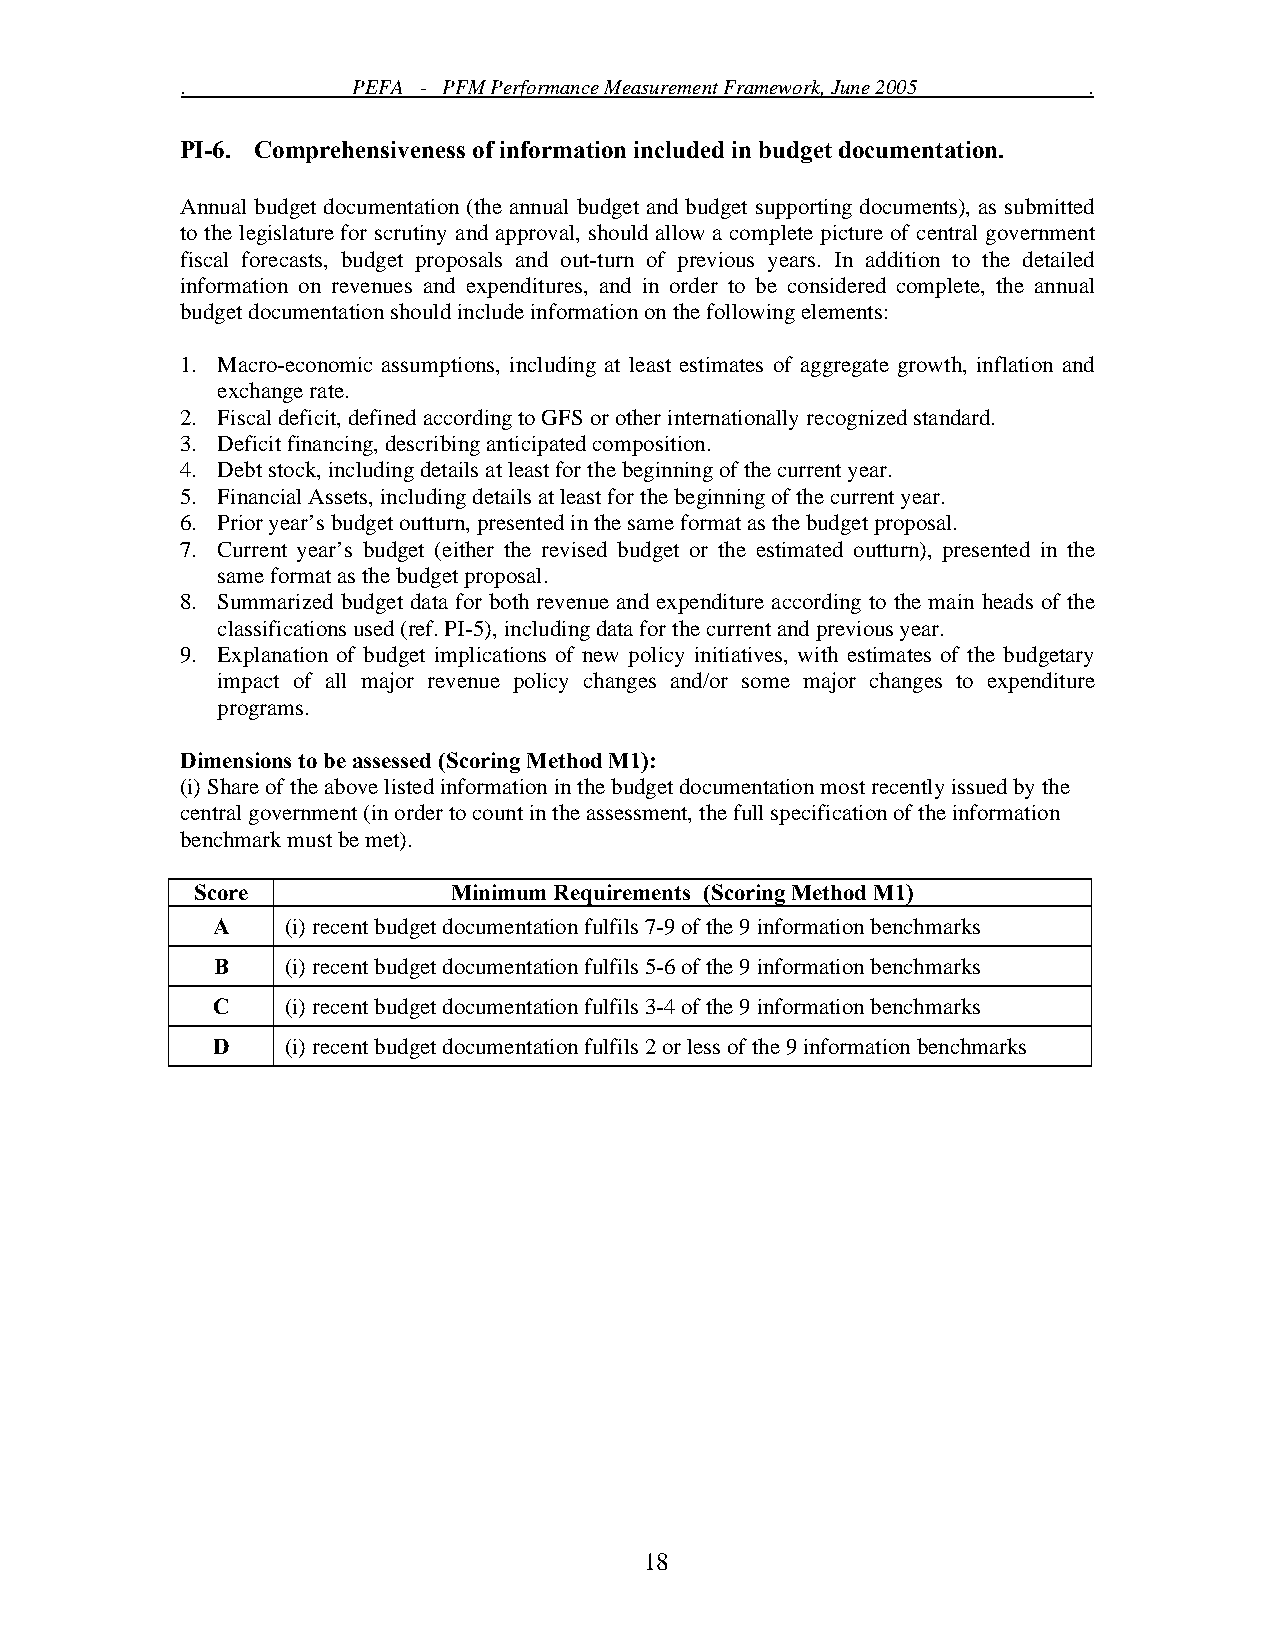
.          PEFA - PFM Performance Measurement Framework, June 2005 .
 PI-6. Comprehensiveness of information included in budget documentation.
 Annual budget documentation (the annual budget and budget supporting documents), as submitted
 to the legislature for scrutiny and approval, should allow a complete picture of central government
 fiscal forecasts, budget proposals and out-turn of previous years. In addition to the detailed
 information on revenues and expenditures, and in order to be considered complete, the annual
 budget documentation should include information on the following elements:
 1. Macro-economic assumptions, including at least estimates of aggregate growth, inflation and
 exchange rate.
 2. Fiscal deficit, defined according to GFS or other internationally recognized standard.
 3. Deficit financing, describing anticipated composition.
 4. Debt stock, including details at least for the beginning of the current year.
 5. Financial Assets, including details at least for the beginning of the current year.
 6. Prior year’s budget outturn, presented in the same format as the budget proposal.
 7. Current year’s budget (either the revised budget or the estimated outturn), presented in the
 same format as the budget proposal.
 8. Summarized budget data for both revenue and expenditure according to the main heads of the
 classifications used (ref. PI-5), including data for the current and previous year.
 9. Explanation of budget implications of new policy initiatives, with estimates of the budgetary
 impact of all major revenue policy changes and/or some major changes to expenditure
 programs.
 Dimensions to be assessed (Scoring Method M1):
 (i) Share of the above listed information in the budget documentation most recently issued by the
 central government (in order to count in the assessment, the full specification of the information
 benchmark must be met).
 Score            Minimum Requirements (Scoring Method M1)
 A    (i) recent budget documentation fulfils 7-9 of the 9 information benchmarks
 B    (i) recent budget documentation fulfils 5-6 of the 9 information benchmarks
 C    (i) recent budget documentation fulfils 3-4 of the 9 information benchmarks
 D    (i) recent budget documentation fulfils 2 or less of the 9 information benchmarks
 18